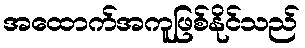
အထောက်အကူဖြစ်နိုင်သည်